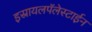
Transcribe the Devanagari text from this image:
इस्रायलपॅलेस्टाईन